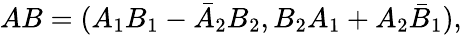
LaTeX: AB=(A_{1}B_{1}-\bar{A}_{2}B_{2},B_{2}A_{1}+A_{2}\bar{B}_{1}),